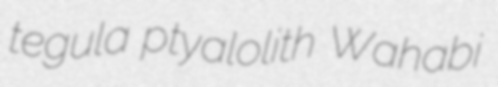
tegula ptyalolith Wahabi